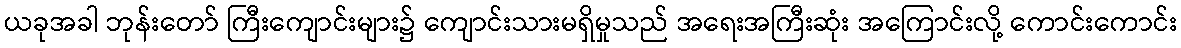
ယခုအခါ ဘုန်းတော် ကြီးကျောင်းများ၌ ကျောင်းသားမရှိမှုသည် အရေးအကြီးဆုံး အကြောင်းလို့ ကောင်းကောင်း